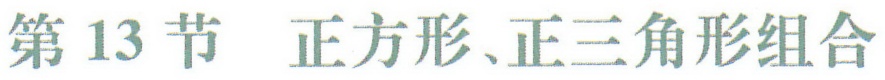
第13节 正方形、正三角形组合